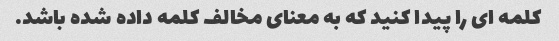
کلمه ای را پیدا کنید که به معنای مخالف کلمه داده شده باشد.